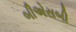
બીએસબી